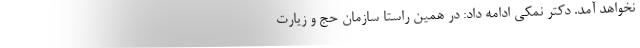
نخواهد آمد. دکتر نمکی ادامه داد: در همین راستا سازمان حج و زیارت